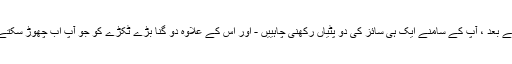
these. ان دو مراحل کے بعد ، آپ کے سامنے ایک ہی سائز کی دو پٹیاں رکھنی چاہییں - اور اس کے علاوہ دو گنا بڑے ٹکڑے کو جو آپ اب چھوڑ سکتے ہیں۔